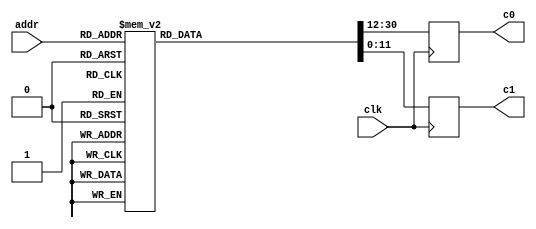
module sin_cos_coeff (
    
    input clk,                    // system clock
 
    // Data interface
    input [6:0] addr,             // read address
    output reg [18:0] c0,         // coefficient c0, 
    output reg [11:0] c1,         // coefficient c1, 
              
);
 
// Local variables
reg [30:0] d;    // {c0, c1}
 
 
// Table
always @ (*) begin
    case (addr)
        8'd0  : d = 31'b1100110111110001110_011110000000;
        8'd1  : d = 31'b1101001011111011001_111011110011;
        8'd2  : d = 31'b0101010111101101110_010101000000;
        8'd3  : d = 31'b1101011101111111001_111111010011;
        8'd4  : d = 31'b0101100101100100010_101110011100;
        8'd5  : d = 31'b1101111010111110111_101000001100;
        8'd6  : d = 31'b1110001001011101011_011011010011;
        8'd7  : d = 31'b1110010011110011100_101101011001;
        8'd8  : d = 31'b0101111110110101010_011001000110;
        8'd9  : d = 31'b1110010010111100001_111010111011;
        8'd10 : d = 31'b0110100000101110001_000111111000;
        8'd11 : d = 31'b0110101010110001001_101100100011;
        8'd12 : d = 31'b0110001111001100101_111001100011;
        8'd13 : d = 31'b1110100001110101001_111010010101;
        8'd14 : d = 31'b0110101110100111010_011010000101;
        8'd15 : d = 31'b1110110111111100110_001011001010;
        8'd16 : d = 31'b0110011010110100101_100100110110;
        8'd17 : d = 31'b0110101100001001100_111111010010;
        8'd18 : d = 31'b0110111000000001000_101110011111;
        8'd19 : d = 31'b0001111010111101111_101001101001;
        8'd20 : d = 31'b0010011010101110001_011100100011;
        8'd21 : d = 31'b0010010101011101001_001100101001;
        8'd22 : d = 31'b0010010001000010101_001000110100;
        8'd23 : d = 31'b0010001101001110001_001100011100;
        8'd24 : d = 31'b0010101010001111101_011110111110;
        8'd25 : d = 31'b0010100101011000001_100001100011;
        8'd26 : d = 31'b0010100001010100001_101000110010;
        8'd27 : d = 31'b0010011101110011111_110011100100;
        8'd28 : d = 31'b0010111000101011011_101010001000;
        8'd29 : d = 31'b0010110100001000111_111100101010;
        8'd30 : d = 31'b0010110000010110111_001101011010;
        8'd31 : d = 31'b0010101101000110101_011110010110;
        8'd32 : d = 31'b0011000110001110011_111100010101;
        8'd33 : d = 31'b0011000001111100111_011100110010;
        8'd34 : d = 31'b0010111110011001101_110101110100;
        8'd35 : d = 31'b0010111011010110111_001100000110;
        8'd36 : d = 31'b0011010011000001001_010100010001;
        8'd37 : d = 31'b0011001110111110011_000000111110;
        8'd38 : d = 31'b0011001011100111101_100001010001;
        8'd39 : d = 31'b0011001000101111101_111100001111;
        8'd40 : d = 31'b0011011111001011001_110000110111;
        8'd41 : d = 31'b0011011011010100111_101000011110;
        8'd42 : d = 31'b0011011000001000111_001111001101;
        8'd43 : d = 31'b0011010101011010001_101110010101;
        8'd44 : d = 31'b0011101010110001011_010001010110;
        8'd45 : d = 31'b0011100111000110001_010010101101;
        8'd46 : d = 31'b0011100100000011011_111111001101;
        8'd47 : d = 31'b0011100001011100111_100010000001;
        8'd48 : d = 31'b0011110101111000011_110101000100;
        8'd49 : d = 31'b0011110010010110111_111111001110;
        8'd50 : d = 31'b0011101111011100001_110000111001;
        8'd51 : d = 31'b0011101100111100111_010111000010;
        8'd52 : d = 31'b0100000000100011111_011011100010;
        8'd53 : d = 31'b0011111101001010111_101101101001;
        8'd54 : d = 31'b0011111010010111011_100100000001;
        8'd55 : d = 31'b0011110111111110011_001101001010;
        8'd56 : d = 31'b0100001010110110101_000100010101;
        8'd57 : d = 31'b0100000111100101001_011101101101;
        8'd58 : d = 31'b0100000100111000001_011000010110;
        8'd59 : d = 31'b0100000010100100101_000100001110;
        8'd60 : d = 31'b0100010100110010111_101111001000;
        8'd61 : d = 31'b0100010001101000011_001111001011;
        8'd62 : d = 31'b0100001111000001011_001101101110;
        8'd63 : d = 31'b0100001100110010111_111100000110;
        8'd64 : d = 31'b0100011110011010111_011011101011;
        8'd65 : d = 31'b0100011011010110101_000001110110;
        8'd66 : d = 31'b0100011000110100111_000011111111;
        8'd67 : d = 31'b0100010110101011001_110100101010;
        8'd68 : d = 31'b0100100111110000101_001001101111;
        8'd69 : d = 31'b0100100100110010001_110101100101;
        8'd70 : d = 31'b0100100010010101001_111011000011;
        8'd71 : d = 31'b0100100000001111101_101101110101;
        8'd72 : d = 31'b0100110000110101001_111001001001;
        8'd73 : d = 31'b0100101101111100001_101010001111;
        8'd74 : d = 31'b0100101011100011101_110010110010;
        8'd75 : d = 31'b0100101001100001111_100111100001;
        8'd76 : d = 31'b0100111001101010011_101001101110;
        8'd77 : d = 31'b0100110110110110001_011111101110;
        8'd78 : d = 31'b0100110100100001101_101011000111;
        8'd79 : d = 31'b0100110010100011011_100001101100;
        8'd80 : d = 31'b0101000010010001001_011011010110;
        8'd81 : d = 31'b0100111111100001011_010101111010;
        8'd82 : d = 31'b0100111101010000101_100011111111;
        8'd83 : d = 31'b0100111011010101101_011100010000;
        8'd84 : d = 31'b0101001010101010011_001101111010;
        8'd85 : d = 31'b0101000111111110111_001100110000;
        8'd86 : d = 31'b0101000101110001101_011101010101;
        8'd87 : d = 31'b0101000011111001101_010111001100;
        8'd88 : d = 31'b0101010010110111001_000001010100;
        8'd89 : d = 31'b0101010000001111101_000100001100;
        8'd90 : d = 31'b0101001110000101101_010111000110;
        8'd91 : d = 31'b0101001100010000011_10010011100;
        8'd92 : d = 31'b0101011010111000001_110101011110;
        8'd93 : d = 31'b0101011000010100011_111100001000;
        8'd94 : d = 31'b0101010110001101101_010001010000;
        8'd95 : d = 31'b0101010100011010111_001110000000;
        8'd96 : d = 31'b0101100010101110011_101010010101;
        8'd97 : d = 31'b0101100000001101111_110100100011;
        8'd98 : d = 31'b0101011110001010001_001011110000;
        8'd99 : d = 31'b0101011100011001111_001001110100;
        8'd100: d = 31'b0101101010011010011_011111110011;
        8'd101: d = 31'b0101100111111101001_101101011001;
        8'd102: d = 31'b0101100101111011111_000110100100;
        8'd103: d = 31'b0101100100001110001_000101111000;
        8'd104: d = 31'b0101110001111100101_010101110101;
        8'd105: d = 31'b0101101111100010101_100110101000;
        8'd106: d = 31'b0101101101100011111_000001101010;
        8'd107: d = 31'b0101101011111000001_000010001010;
        8'd108: d = 31'b0101111001010101111_001100011001;
        8'd109: d = 31'b0101110110111110101_100000001110;
        8'd110: d = 31'b0101110101000010001_111101000001;
        8'd111: d = 31'b0101110011011000101_111110101000;
        8'd112: d = 31'b0110000000100110011_000011011011;
        8'd113: d = 31'b0101111110010001111_011010001001;
        8'd114: d = 31'b0101111100010111101_111000100111;
        8'd115: d = 31'b0101111010110000001_111011010010;
        8'd116: d = 31'b0110000111101110101_111010111001;
        8'd117: d = 31'b0110000101011100101_010100010111;
        8'd118: d = 31'b0110000011100100111_110100011011;
        8'd119: d = 31'b0110000001111110111_111000000111;
        8'd120: d = 31'b0110001110101111001_110010110001;
        8'd121: d = 31'b0110001100011111101_001110110111;
        8'd122: d = 31'b0110001010101001111_110000011100;
        8'd123: d = 31'b0110001001000101101_110101000110;
        8'd124: d = 31'b0110010101101000011_101011000001;
        8'd125: d = 31'b0110010011011011001_001001100110;
        8'd126: d = 31'b0110010001100111001_101100101001;
        8'd127: d = 31'b0110010000000100111_110010001110;
        default: d = 31'd0;
    endcase
end
 
 
// Output data
always @ (posedge clk) begin
    c0 <= d[30:12];
    c1 <= d[11:0];
end
 
 
endmodule